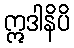
ဣဒါနိပိ